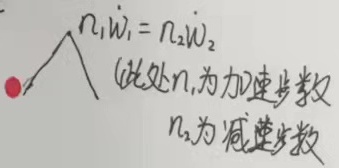
\(n_1\dot{w}_1 = n_2\dot{w}_2\)（此处\(n_1\)为加速步数，\(n_2\)为减速步数）